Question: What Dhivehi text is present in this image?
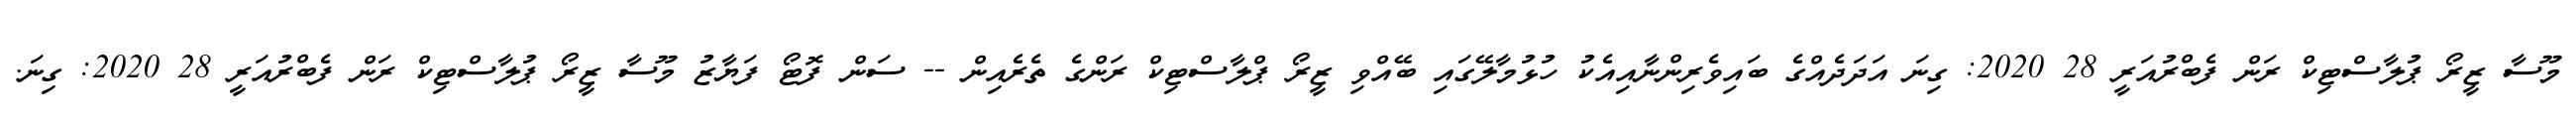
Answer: މޫސާ ޒީރޯ ޕުލާސްޓިކް ރަން ފެބްރުއަރީ 28 2020: ގިނަ އަދަދެއްގެ ބައިވެރިންނާއިއެކު ހުޅުމާލޭގައި ބޭއްވި ޒީރޯ ޕްލާސްޓިކް ރަންގެ ތެރެއިން -- ސަން ފޮޓޯ ފަޔާޒު މޫސާ ޒީރޯ ޕުލާސްޓިކް ރަން ފެބްރުއަރީ 28 2020: ގިނަ.